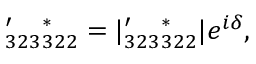
\l _ { 3 2 3 } ^ { \prime } \l _ { 3 2 2 } ^ { \ast } = | \l _ { 3 2 3 } ^ { \prime } \l _ { 3 2 2 } ^ { \ast } | e ^ { i \delta } ,